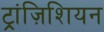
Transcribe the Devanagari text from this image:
ट्रांज़िशियन